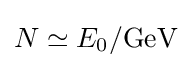
N\simeq E_{0}/{\text{GeV}}